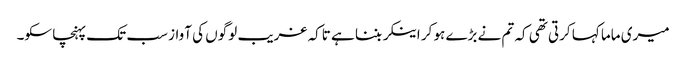
میری ماما کہا کرتی تھی کہ تم نے بڑے ہو کر اینکر بننا ہے تاکہ غریب لوگوں کی آواز سب تک پہنچا سکو۔